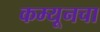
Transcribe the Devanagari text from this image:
कम्यूनचा